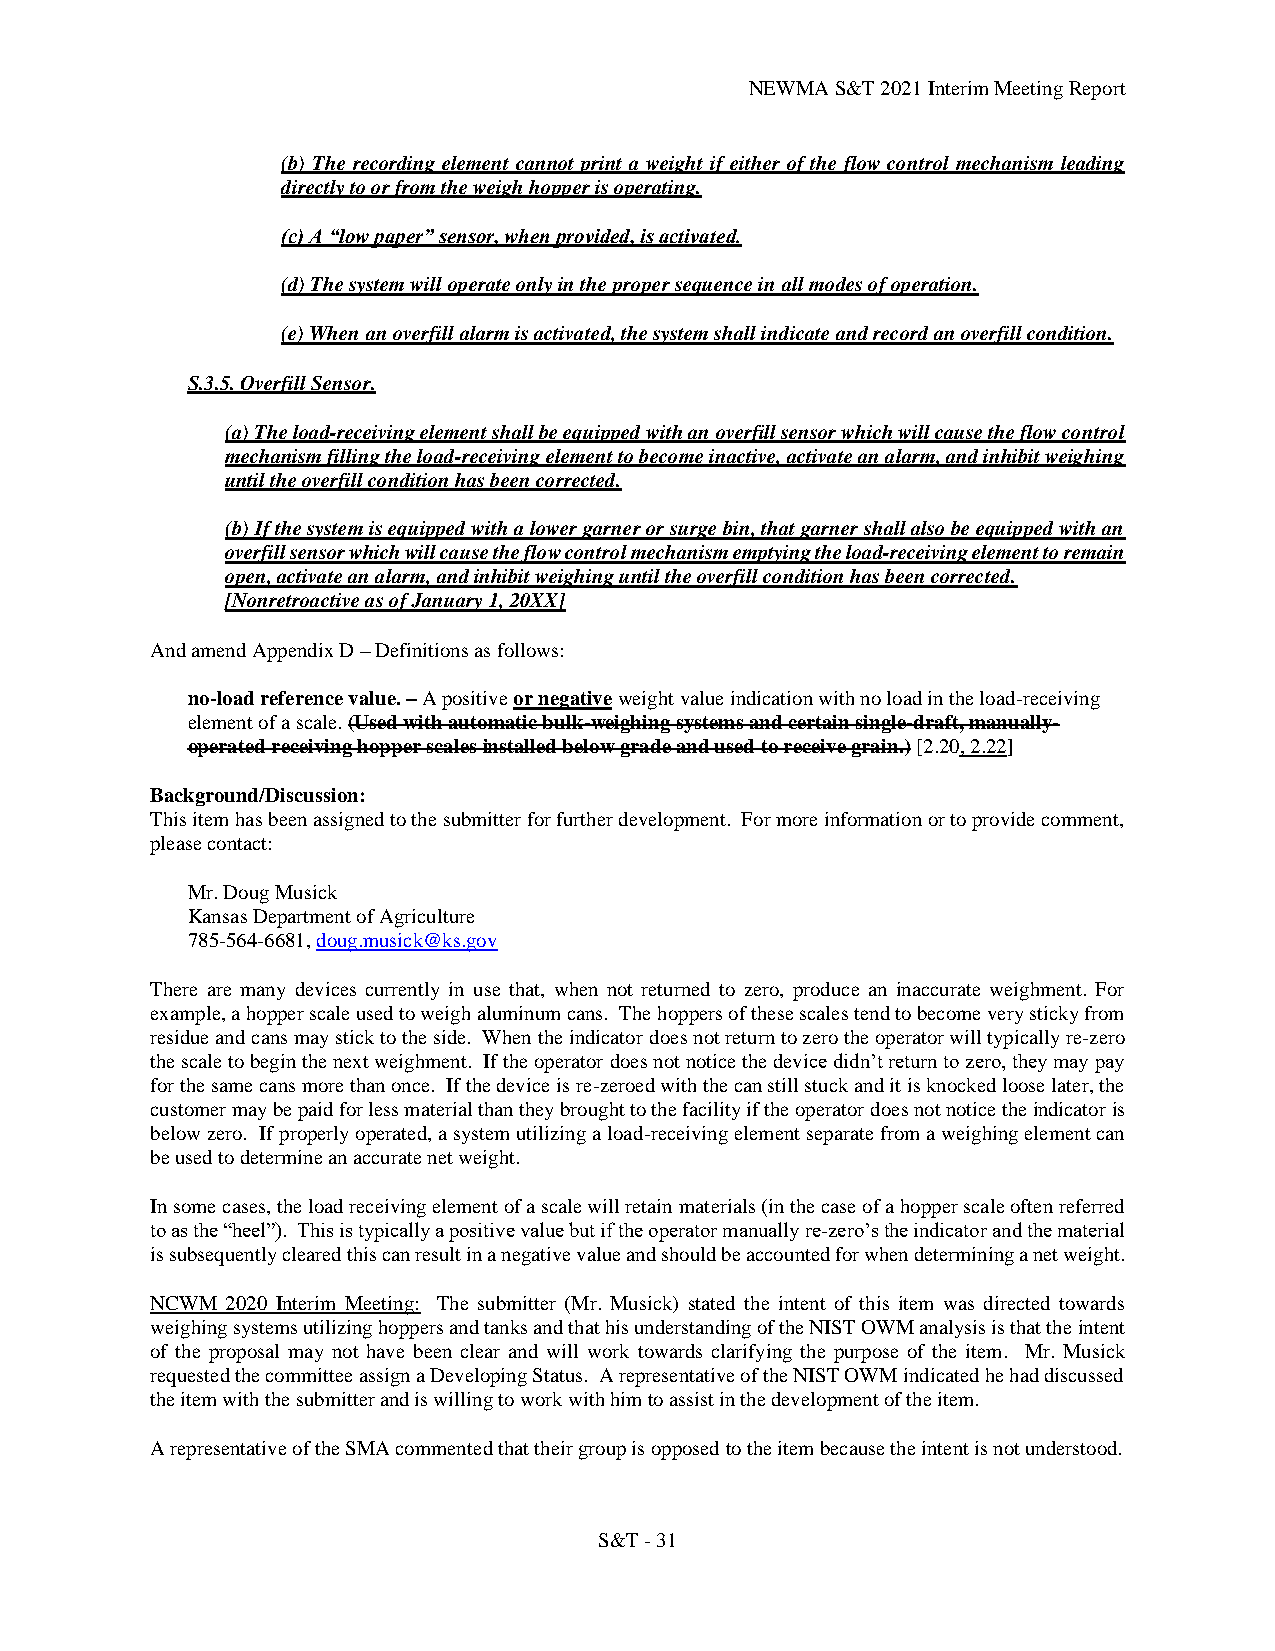
NEWMA S&T 2021 Interim Meeting Report
 (b) The recording element cannot print a weight if either of the flow control mechanism leading
 directly to or from the weigh hopper is operating.
 (c) A “low paper” sensor, when provided, is activated.
 (d) The system will operate only in the proper sequence in all modes of operation.
 (e) When an overfill alarm is activated, the system shall indicate and record an overfill condition.
 S.3.5. Overfill Sensor.
 (a) The load-receiving element shall be equipped with an overfill sensor which will cause the flow control
 mechanism filling the load-receiving element to become inactive, activate an alarm, and inhibit weighing
 until the overfill condition has been corrected.
 (b) If the system is equipped with a lower garner or surge bin, that garner shall also be equipped with an
 overfill sensor which will cause the flow control mechanism emptying the load-receiving element to remain
 open, activate an alarm, and inhibit weighing until the overfill condition has been corrected.
 [Nonretroactive as of January 1, 20XX]
 And amend Appendix D – Definitions as follows:
 no-load reference value. – A positive or negative weight value indication with no load in the load-receiving
 element of a scale. (Used with automatic bulk-weighing systems and certain single-draft, manually-
 operated receiving hopper scales installed below grade and used to receive grain.) [2.20, 2.22]
 Background/Discussion:
 This item has been assigned to the submitter for further development. For more information or to provide comment,
 please contact:
 Mr. Doug Musick
 Kansas Department of Agriculture
 785-564-6681, doug.musick@ks.gov
 There are many devices currently in use that, when not returned to zero, produce an inaccurate weighment. For
 example, a hopper scale used to weigh aluminum cans. The hoppers of these scales tend to become very sticky from
 residue and cans may stick to the side. When the indicator does not return to zero the operator will typically re-zero
 the scale to begin the next weighment. If the operator does not notice the device didn’t return to zero, they may pay
 for the same cans more than once. If the device is re-zeroed with the can still stuck and it is knocked loose later, the
 customer may be paid for less material than they brought to the facility if the operator does not notice the indicator is
 below zero. If properly operated, a system utilizing a load-receiving element separate from a weighing element can
 be used to determine an accurate net weight.
 In some cases, the load receiving element of a scale will retain materials (in the case of a hopper scale often referred
 to as the “heel”). This is typically a positive value but if the operator manually re-zero’s the indicator and the material
 is subsequently cleared this can result in a negative value and should be accounted for when determining a net weight.
 NCWM 2020 Interim Meeting: The submitter (Mr. Musick) stated the intent of this item was directed towards
 weighing systems utilizing hoppers and tanks and that his understanding of the NIST OWM analysis is that the intent
 of the proposal may not have been clear and will work towards clarifying the purpose of the item. Mr. Musick
 requested the committee assign a Developing Status. A representative of the NIST OWM indicated he had discussed
 the item with the submitter and is willing to work with him to assist in the development of the item.
 A representative of the SMA commented that their group is opposed to the item because the intent is not understood.
 S&T - 31